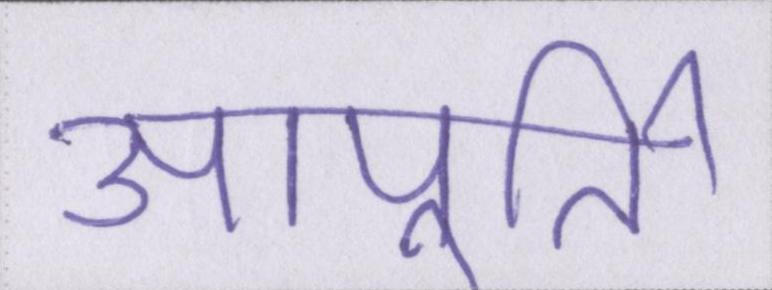
आपूर्ति